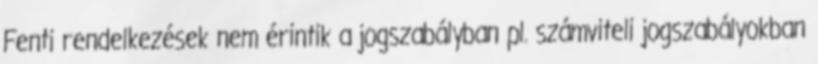
Fenti rendelkezések nem érintik a jogszabályban pl. számviteli jogszabályokban